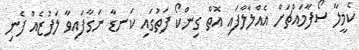
ކެމީލާ ސޯފާމައްޗަށް އެއްލާލާފައި އޮތް ގިންކޯ ފަތުގައި ކަނޑާ ނަގާފައިވާ ލަފުޒެއް ފެނި